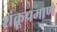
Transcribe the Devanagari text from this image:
शंकूप्रमाणे